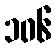
၁၀၆